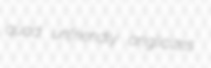
quad unfriendly anglicizes